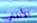
الأنفاس